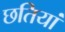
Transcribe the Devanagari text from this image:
छतियां